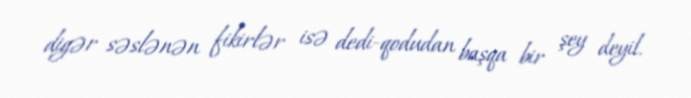
digər səslənən fikirlər isə dedi-qodudan başqa bir şey deyil.